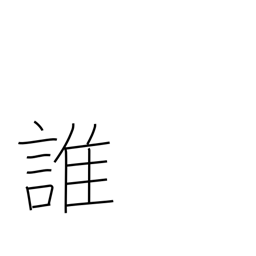
Meaning: who